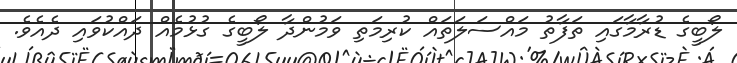
ލޯބީގެ ޑުރާމާގައި ތަފާތު މައްސަލަތައް ކުރިމަތިި ވަމުންދާ ލޯބީގެ ގުޅުމެއް ދައްކުވައި ދެއެވެ.